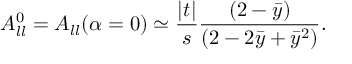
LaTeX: A _ { l l } ^ { 0 } = A _ { l l } ( \alpha = 0 ) \simeq \frac { | t | } { s } \frac { ( 2 - \bar { y } ) } { ( 2 - 2 \bar { y } + \bar { y } ^ { 2 } ) } .